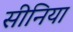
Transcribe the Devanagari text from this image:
सीनिया